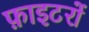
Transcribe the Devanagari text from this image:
फ़ाइटरों